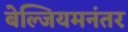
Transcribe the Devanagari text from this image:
बेल्जियमनंतर